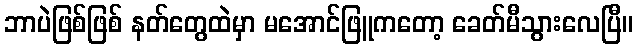
ဘာပဲဖြစ်ဖြစ် နတ်တွေထဲမှာ မအောင်ဖြူကတော့ ခေတ်မီသွားလေပြီ။